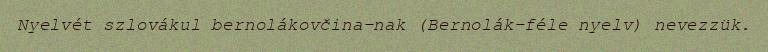
Nyelvét szlovákul bernolákovčina-nak (Bernolák-féle nyelv) nevezzük.